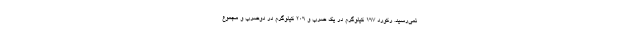
نمی‌رسید. رکورد 167 کیلوگرم در یک ضرب و 206 کیلوگرم در دوضرب و مجموع